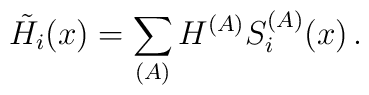
\tilde{H_i} (x) =\sum_{(A)} H^{(A)} S_i^{(A)} (x) \, .